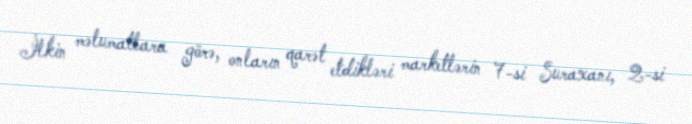
İlkin məlumatlara görə, onların qarət etdikləri marketlərin 7-si Suraxanı, 2-si